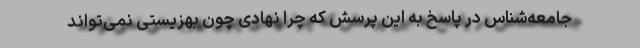
جامعه‌شناس در پاسخ به این پرسش که چرا نهادی چون بهزیستی نمی‌تواند